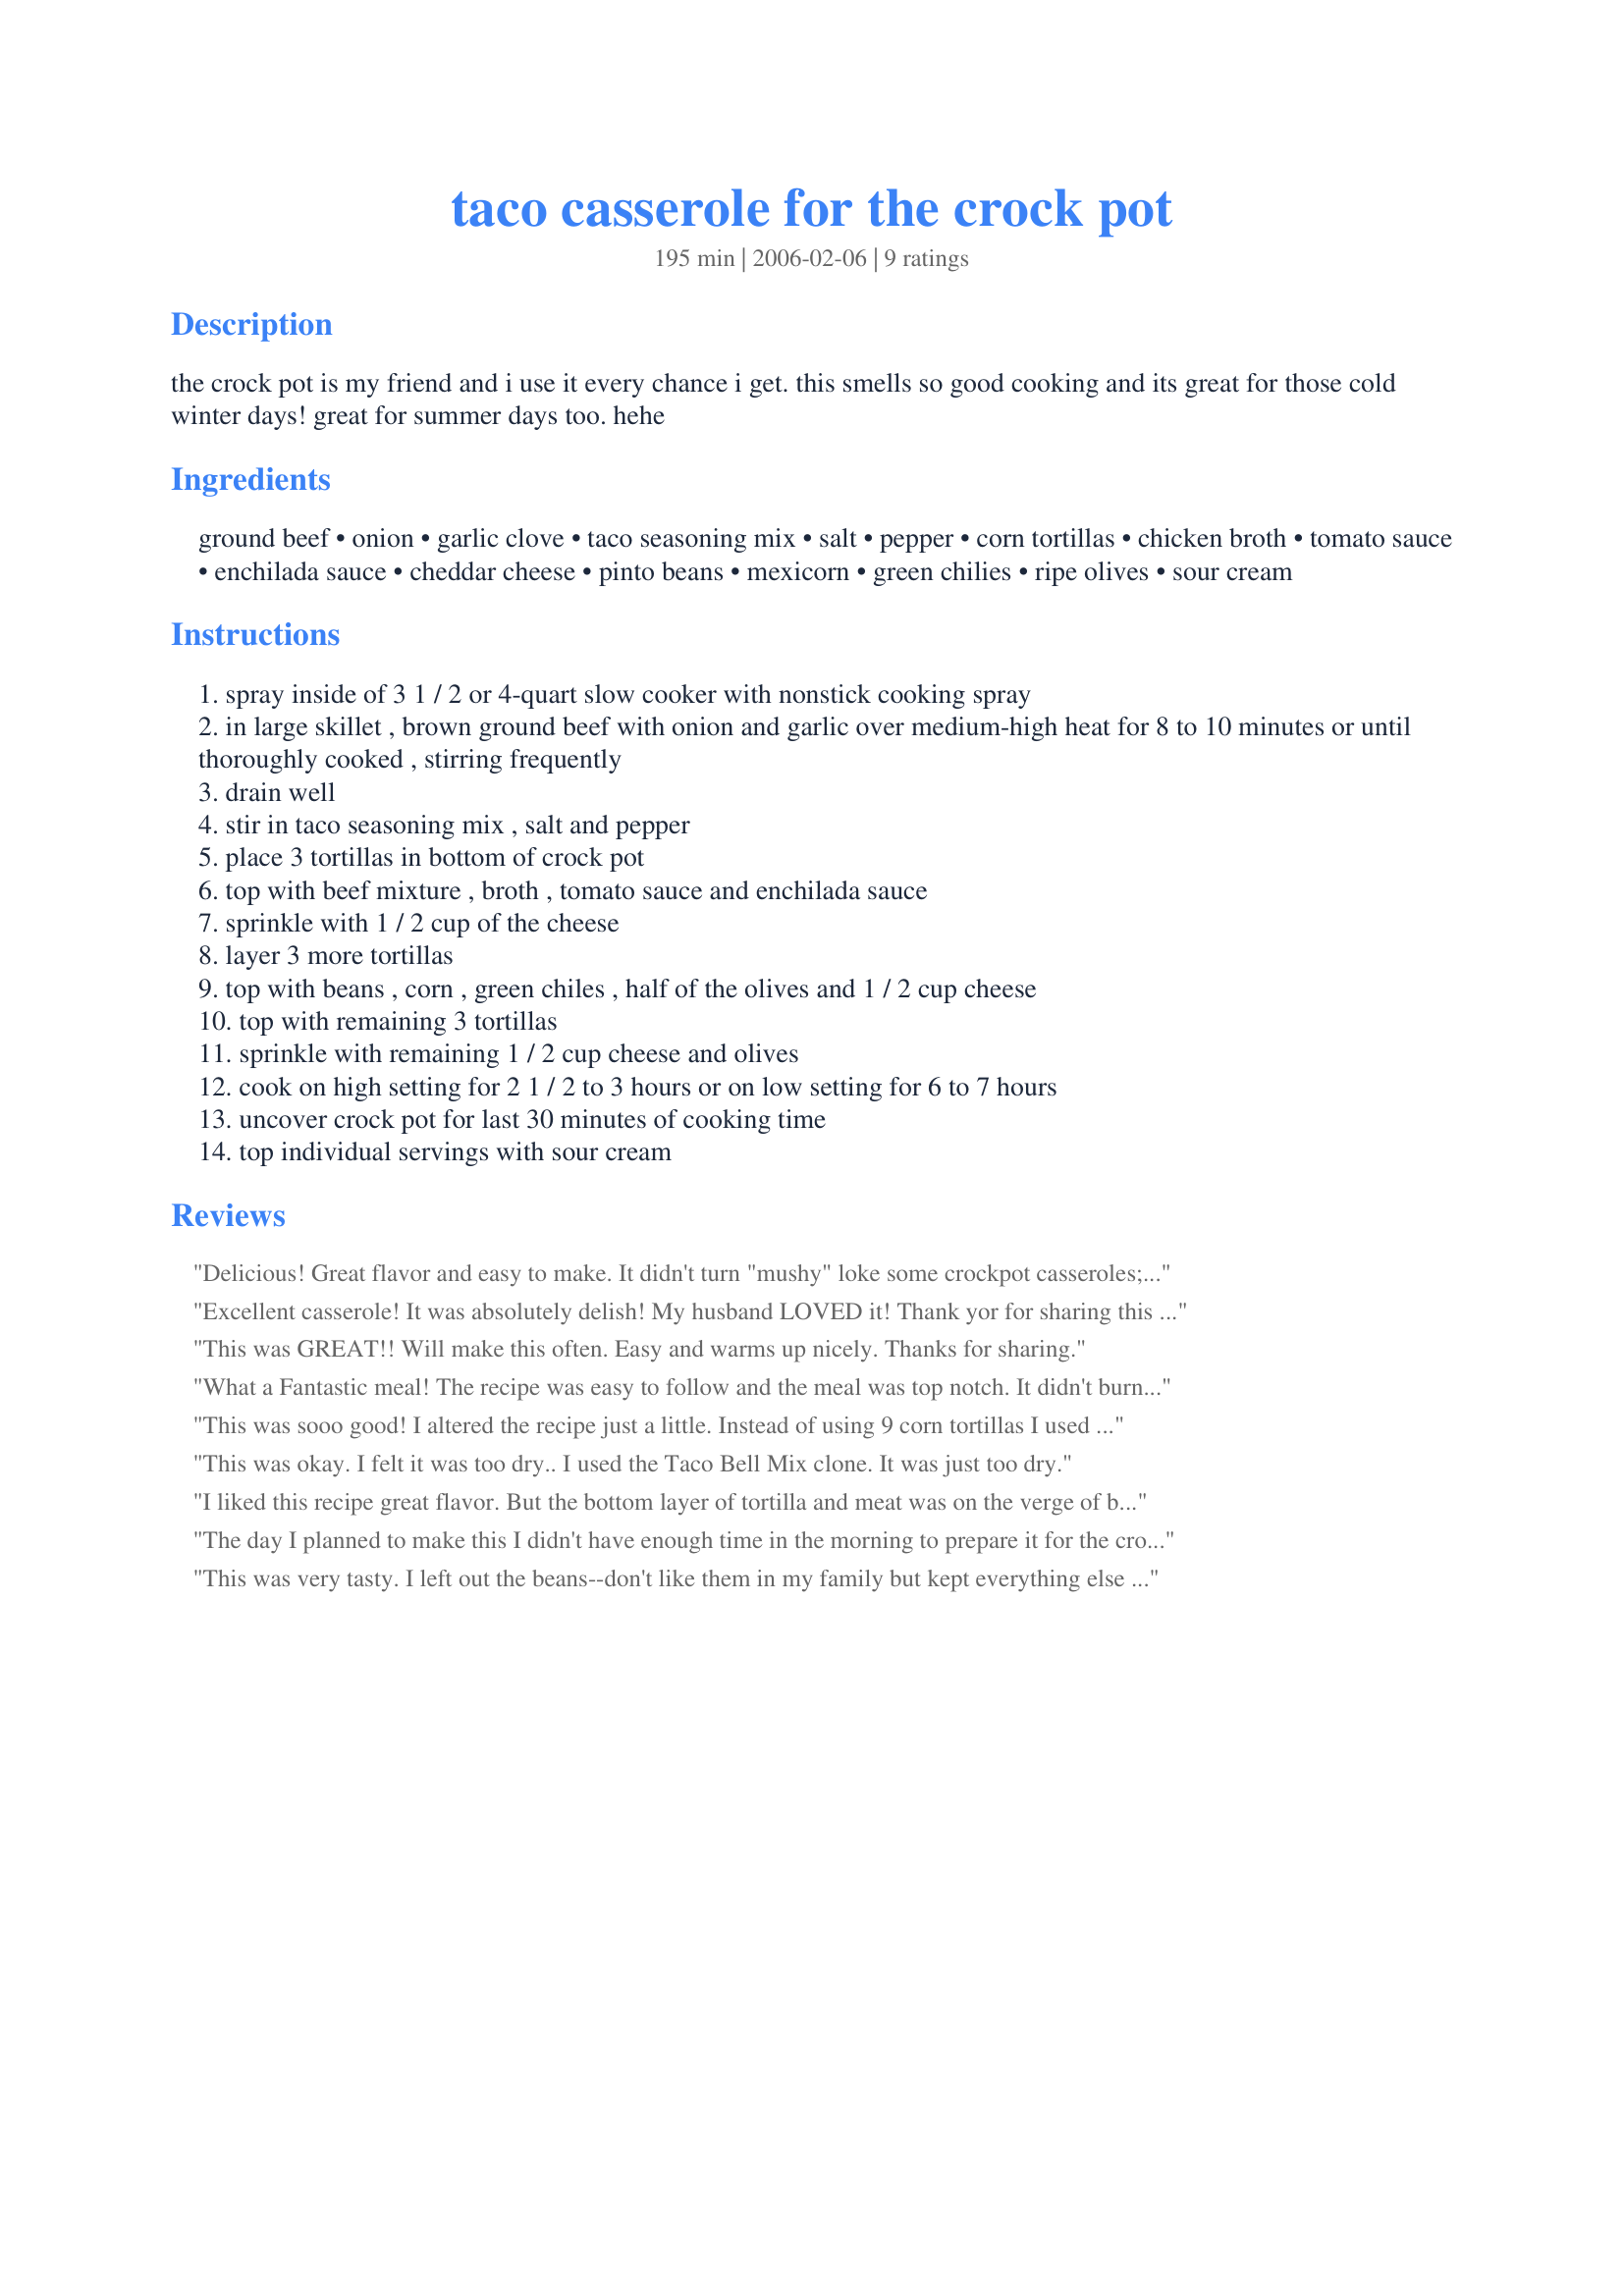
taco casserole for the crock pot
Preparation time: 195 minutes

the crock pot is my friend and i use it every chance i get. this smells so good cooking and its great for those cold winter days! great for summer days too. hehe

Ingredients:
ground beef, onion, garlic clove, taco seasoning mix, salt, pepper, corn tortillas, chicken broth, tomato sauce, enchilada sauce, cheddar cheese, pinto beans, mexicorn, green chilies, ripe olives, sour cream

Steps:
spray inside of 3 1 / 2 or 4-quart slow cooker with nonstick cooking spray
in large skillet , brown ground beef with onion and garlic over medium-high heat for 8 to 10 minutes or until thoroughly cooked , stirring frequently
drain well
stir in taco seasoning mix , salt and pepper
place 3 tortillas in bottom of crock pot
top with beef mixture , broth , tomato sauce and enchilada sauce
sprinkle with 1 / 2 cup of the cheese
layer 3 more tortillas
top with beans , corn , green chiles , half of the olives and 1 / 2 cup cheese
top with remaining 3 tortillas
sprinkle with remaining 1 / 2 cup cheese and olives
cook on high setting for 2 1 / 2 to 3 hours or on low setting for 6 to 7 hours
uncover crock pot for last 30 minutes of cooking time
top individual servings with sour cream

Reviews:
Delicious! Great flavor and easy to make. It didn't turn "mushy" loke some crockpot casseroles; the layers held up. It's important to generously spray your crockpot. I used homemade enchilada sauce, so I spread a little extra over the last layer of tortillas (before the cheese). I was out of black olives so I had to leave them out, but I'll add them next time. Thanx for posting!
Excellent casserole! It was absolutely delish! My husband LOVED it! Thank yor for sharing this awesome recipe!
This was GREAT!! Will make this often. Easy and warms up nicely. Thanks for sharing.
What a Fantastic meal! The recipe was easy to follow and the meal was top notch. It didn't burn on the bottom for me. I even cooked it for 10 hours on low. I loved the leftovers for my lunch. My family really enjoyed this recipe. Will put it in our keep recipe file.
This was sooo good! I altered the recipe just a little. Instead of using 9 corn tortillas I used probably 24 or 30. I also fried the corns before putting them in the crock pot. So it had way, way more layers and filled the crock pot all the way up. Also, I think it would be just fine to simplify this recipie and skip the beef broth and tomato sauce and just add a second can of enchilada sauce. For beans I used 1 Goya Pinto and 1 Goya Black. This turned into a Mexican style lasagna that I would give 5 of 5 stars and have every intention of making again. Fantastic!
This was okay. I felt it was too dry.. I used the Taco Bell Mix clone.

It was just too dry.
I liked this recipe great flavor. But the bottom layer of tortilla and meat was on the verge of being burnt. I set my crockpot on #2 for 3 hours. May try again.
The day I planned to make this I didn't have enough time in the morning to prepare it for the crock pot so I decided make it in the oven. And when I browned the meat I decided to just add all the ingredients together (besides tortillas & cheese, I still layered those) and let simmer in pan for about 20 min. I realized I forgot the tomato sauce & decided not to add it. I omitted the olives & only used 1 lb of meat. Also used the green enchilada sauce. I cooked for 40 min at 350 (uncovered for the last 10 min.) It reminded me of one of my fav. recipes: http://www.recipezaar.com/Crock-Pot-Taco-Soup-40022 
 I really love this new recipe & being able to get the same flavor & use it in a casseroles, chimichangas, over rice...yum yum!! Thank you so much for a wonderful & versatile recipe!! Enjoyed by the whole family!
This was very tasty. I left out the beans--don't like them in my family but kept everything else and added 2 chilis in adobo. I used my warming oven to slow cook this. Put on low for 5 hours, then went to high for one high. Kids loved this. Thanks for sharing. Easy to prepare and walk away from and let the slow cooker do all the work. Easy clean up, too.
